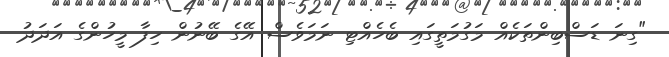
"ގިނަ ޑަސްބިންތަކެއް މަގުމަތީގައި ބެހެއްޓި ނަމަވެސް އޭގެ ބޭނުން ހިފާ މީހުންގެ އަދަދު